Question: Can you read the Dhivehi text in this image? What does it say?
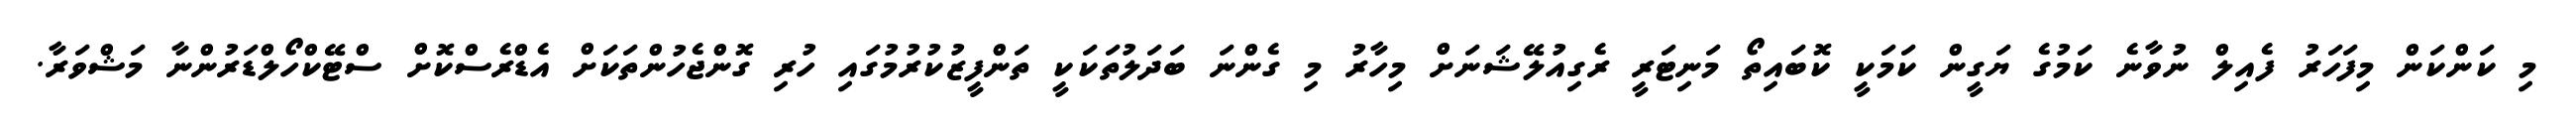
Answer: މި ކަންކަން މިފަހަރު ފެއިލް ނުވާނެ ކަމުގެ ޔަގީން ކަމަކީ ކޮބައިތޯ މަނިޓަރީ ރެގިއުލޭޝަނަށް މިހާރު މި ގެންނަ ބަދަލުތަކަކީ ތަންފީޒުކުރުމުގައި ހުރި ގޮންޖެހުންތަކަށް އެޑްރެސްކޮށް ސްޓޭކްހޯލްޑަރުންނާ މަޝްވަރާ.